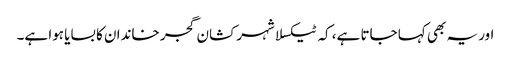
اور یہ بھی کہا جاتا ہے، کہ ٹیکسلا شہر کشان گجر خاندان کا بسایا ہوا ہے۔